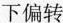
下偏转